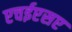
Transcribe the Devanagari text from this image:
एचईएसए